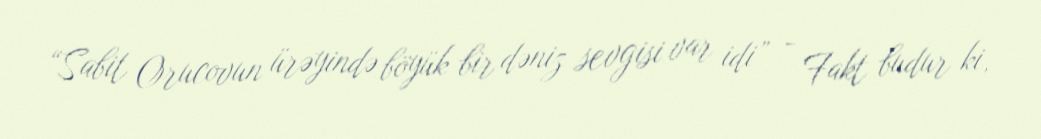
“Sabit Orucovun ürəyində böyük bir dəniz sevgisi var idi” - Fakt budur ki,